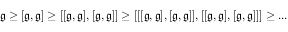
{ \mathfrak { g } } \geq [ { \mathfrak { g } } , { \mathfrak { g } } ] \geq [ [ { \mathfrak { g } } , { \mathfrak { g } } ] , [ { \mathfrak { g } } , { \mathfrak { g } } ] ] \geq [ [ [ { \mathfrak { g } } , { \mathfrak { g } } ] , [ { \mathfrak { g } } , { \mathfrak { g } } ] ] , [ [ { \mathfrak { g } } , { \mathfrak { g } } ] , [ { \mathfrak { g } } , { \mathfrak { g } } ] ] ] \geq . . .